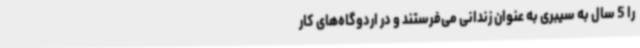
را 5 سال به سیبری به عنوان زندانی می‌فرستند و در اردوگاه‌های کار